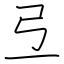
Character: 弖